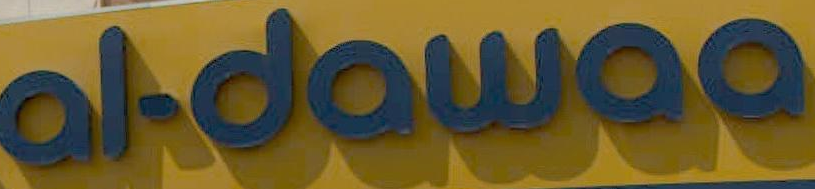
al.dow٥٥